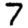
Digit: 7